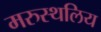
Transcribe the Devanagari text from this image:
मरुस्थलिय